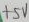
Text: +5V